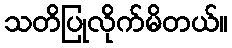
သတိပြုလိုက်မိတယ်။